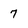
Character: 7